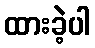
ထားခဲ့ပါ